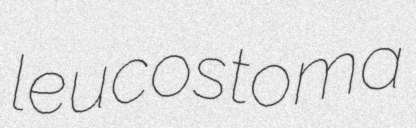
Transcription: leucostoma